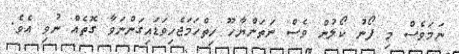
ނަމަވެސް މި ފޯނު ކޯލުން ވެސް ނަތަންޔާހޫ ހިތްހަމަޖެހިވަޑައިގަންނަވާ ގޮތެއް ނުވި އެވެ.